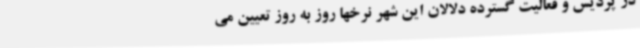
در پردیس و فعالیت گسترده دلالان این شهر نرخها روز به روز تعیین می